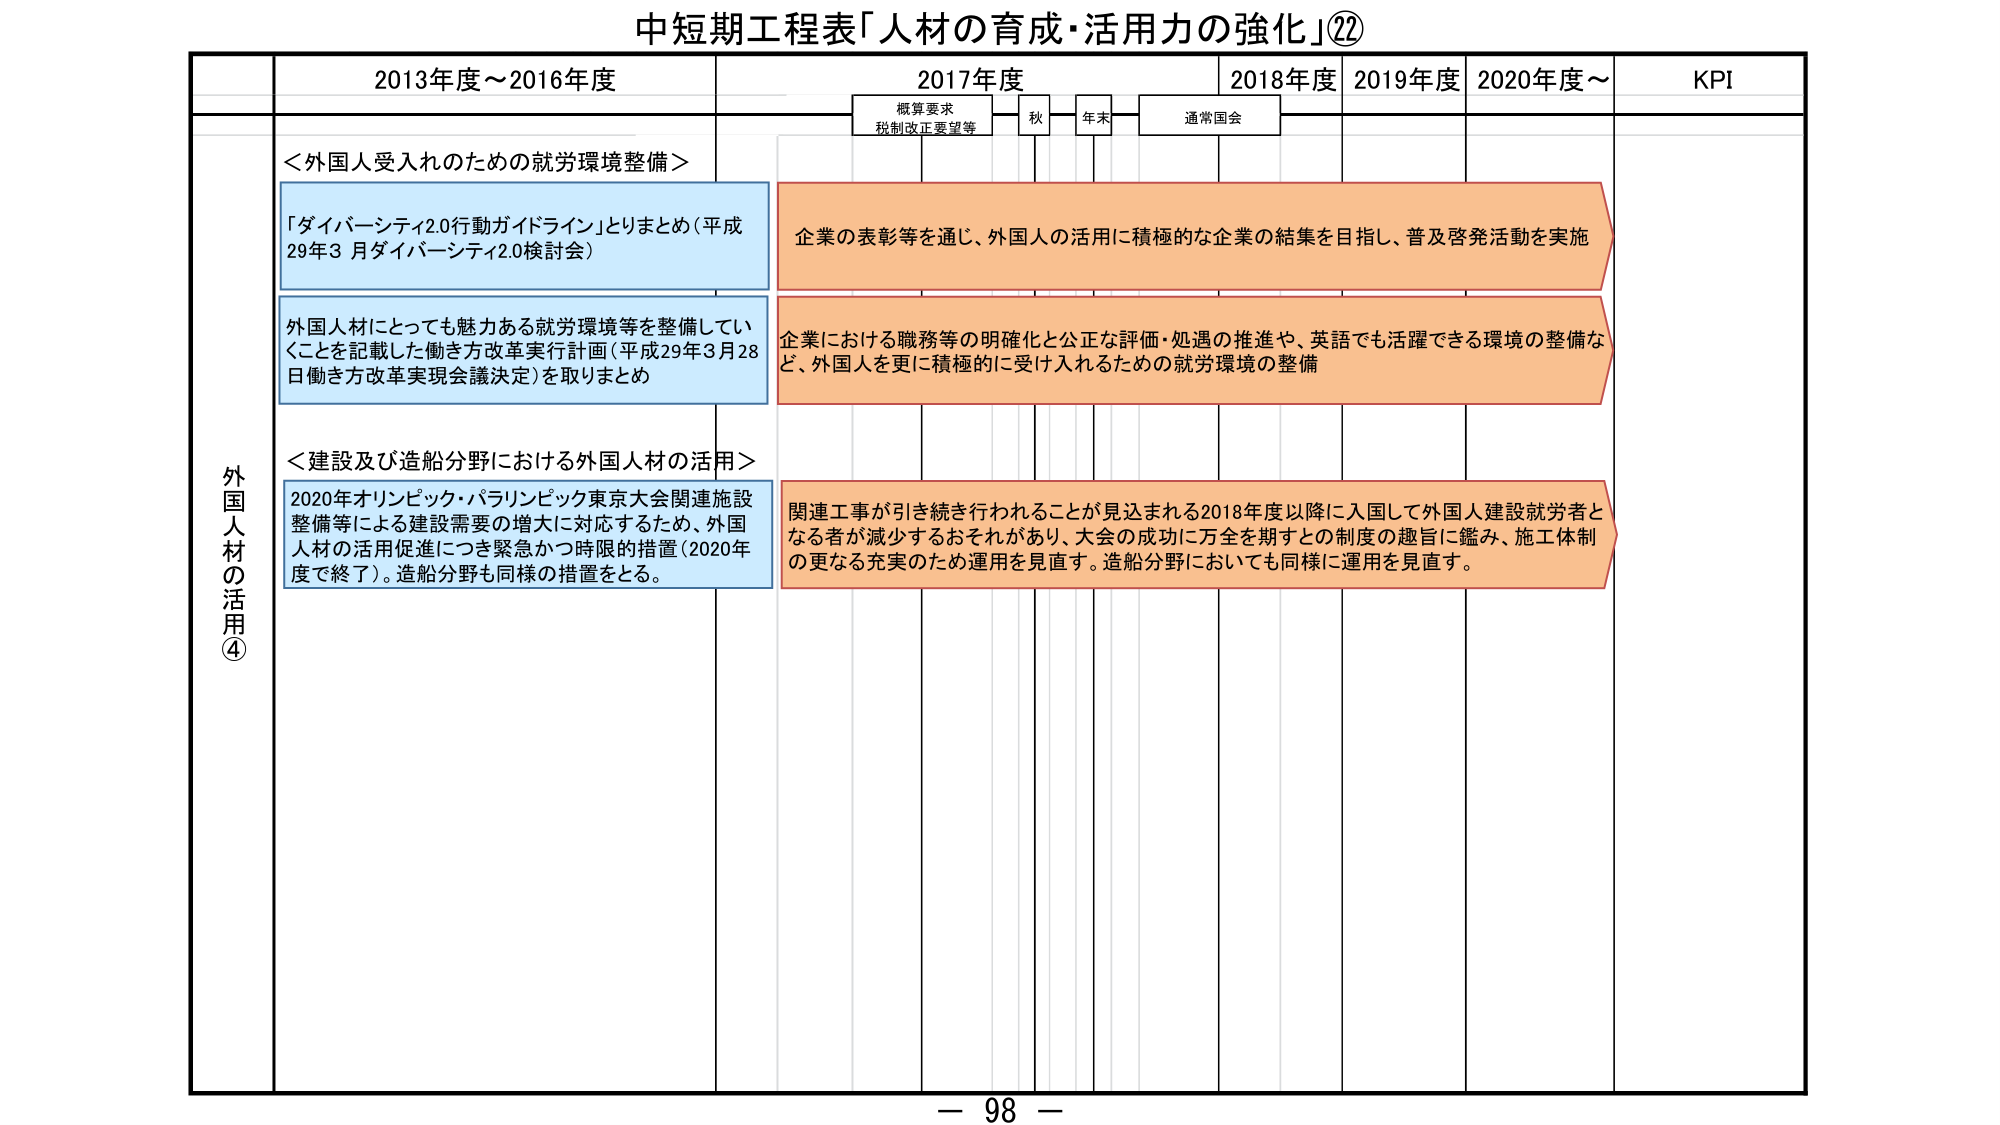
中短期工程表「人材の育成・活用力の強化」⑳

外国人材の活用④

2013年度～2016年度
2017年度
2018年度
2019年度
2020年度～
KPI

概算要求
税制改正要望等
秋
年末
通常国会

＜外国人受入れのための就労環境整備＞
「ダイバーシティ2.0行動ガイドライン」とりまとめ（平成29年3月ダイバーシティ2.0検討会）
外国人材にとっても魅力ある就労環境等を整備していくことを記載した働き方改革実行計画（平成29年3月28日働き方改革実現会議決定）を取りまとめ

＜建設及び造船分野における外国人材の活用＞
2020年オリンピック・パラリンピック東京大会関連施設整備等による建設需要の増大に対応するため、外国人材の活用促進につき緊急かつ時限的措置（2020年度で終了）。造船分野も同様の措置をとる。

企業の表彰等を通じ、外国人の活用に積極的な企業の結集を目指し、普及啓発活動を実施
企業における職務等の明確化と公正な評価・処遇の推進や、英語でも活躍できる環境の整備など、外国人を更に積極的に受け入れるための就労環境の整備
関連工事が引き続き行われることが見込まれる2018年度以降に入国して外国人建設就労者となる者が減少するおそれがあり、大会の成功に万全を期すとの制度の趣旨に鑑み、施工体制の更なる充実のため運用を見直す。造船分野においても同様に運用を見直す。

－ 98 －